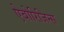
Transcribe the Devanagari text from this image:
ऐबोरिजिन्स